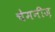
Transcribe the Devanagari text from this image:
चेमनीज़